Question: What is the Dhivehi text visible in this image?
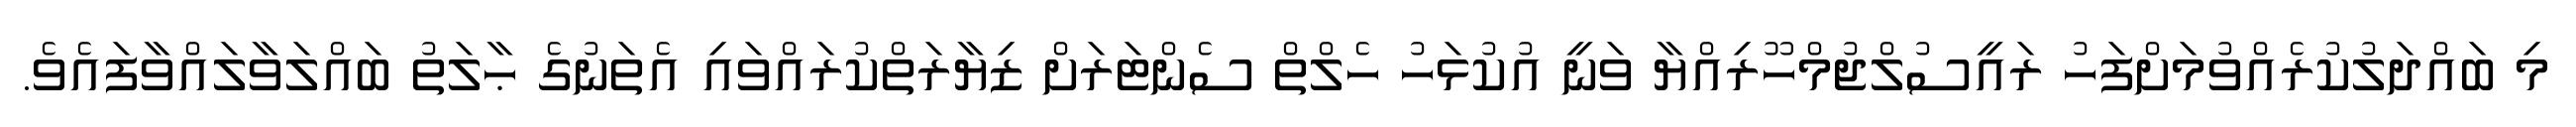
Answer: މި ބައްދަލުކުރެއްވުމަށްފަހު ރައީސުލްޖުމްހޫރިއްޔާ ވަނީ އުކުޅަހު ހެލްތް ސެންޓަރަށް ޒިޔާރަތްކުރައްވައި އެތަނުގެ ޙާލަތު ބައްލަވާލައްވާފައެވެ.